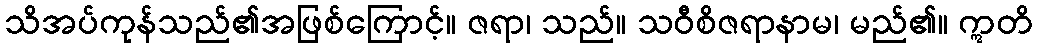
သိအပ်ကုန်သည်၏အဖြစ်ကြောင့်။ ဇရာ၊ သည်။ သဝီစိဇရာနာမ၊ မည်၏။ ဣတိ